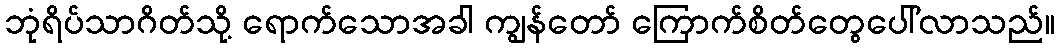
ဘုံရိပ်သာဂိတ်သို့ ရောက်သောအခါ ကျွန်တော် ကြောက်စိတ်တွေပေါ်လာသည်။